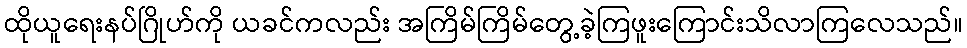
ထိုယူရေးနပ်ဂြိုဟ်ကို ယခင်ကလည်း အကြိမ်ကြိမ်တွေ့ခဲ့ကြဖူးကြောင်းသိလာကြလေသည်။